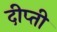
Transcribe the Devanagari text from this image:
दीप्‍ती